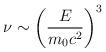
LaTeX: \begin{align*}\nu \sim \left( \frac{E}{m_{0}c^{2}}\right) ^{3} \end{align*}